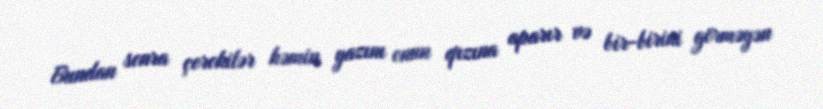
Bundan sonra çerokilər həmin yazını onun qızına aparır və bir-birini görməyən